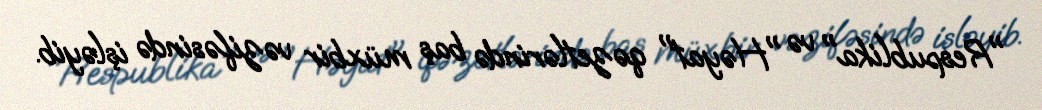
"Respublika" və "Həyat" qəzetlərində baş müxbir vəzifəsində işləyib.